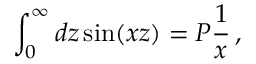
\int _ { 0 } ^ { \infty } d z \sin ( x z ) = P \frac { 1 } { x } \, ,